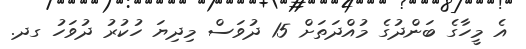
އެ މީހާގެ ބަންދުގެ މުއްދަތަށް 15 ދުވަސް މިދިޔަ ހުކުރު ދުވަހު ގދ.